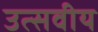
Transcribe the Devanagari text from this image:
उत्सवीय